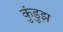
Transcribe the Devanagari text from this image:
कुंडुझ